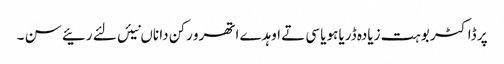
پر ڈاکٹر بوہت زیادہ ڈریا ہویا سی تے اوہدے اتھرو رکن دا ناں نیئں لئے رئیے سن ۔